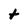
Character: t